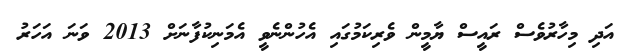
އަދި މިހާރުވެސް ރައީސް ޔާމީން ވެރިކަމުގައި އެހުންނެވީ އެމަނިކުފާނަށް 2013 ވަނަ އަހަރު